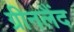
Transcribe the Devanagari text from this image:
ग्रीनलैंद